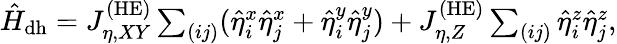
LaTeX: \begin{array}{r}{\hat{H}_{\mathrm{dh}}=J_{\eta,XY}^{\mathrm{(HE)}}\sum_{(ij)}(\hat{\eta}_{i}^{x}\hat{\eta}_{j}^{x}+\hat{\eta}_{i}^{y}\hat{\eta}_{j}^{y})+J_{\eta,Z}^{\mathrm{(HE)}}\sum_{(ij)}\hat{\eta}_{i}^{z}\hat{\eta}_{j}^{z},}\end{array}